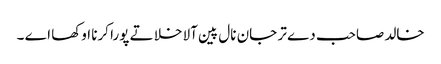
خالد صاحب دے تر جان نال پین آلا خلا تے پورا کرنا اوکھا اے ۔